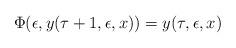
LaTeX: \begin{align*}\Phi(\epsilon,y(\tau+1,\epsilon,x))=y(\tau,\epsilon,x)\end{align*}